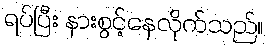
ရပ်ပြီး နားစွင့်နေလိုက်သည်။